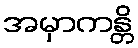
အမှာကန္တိ